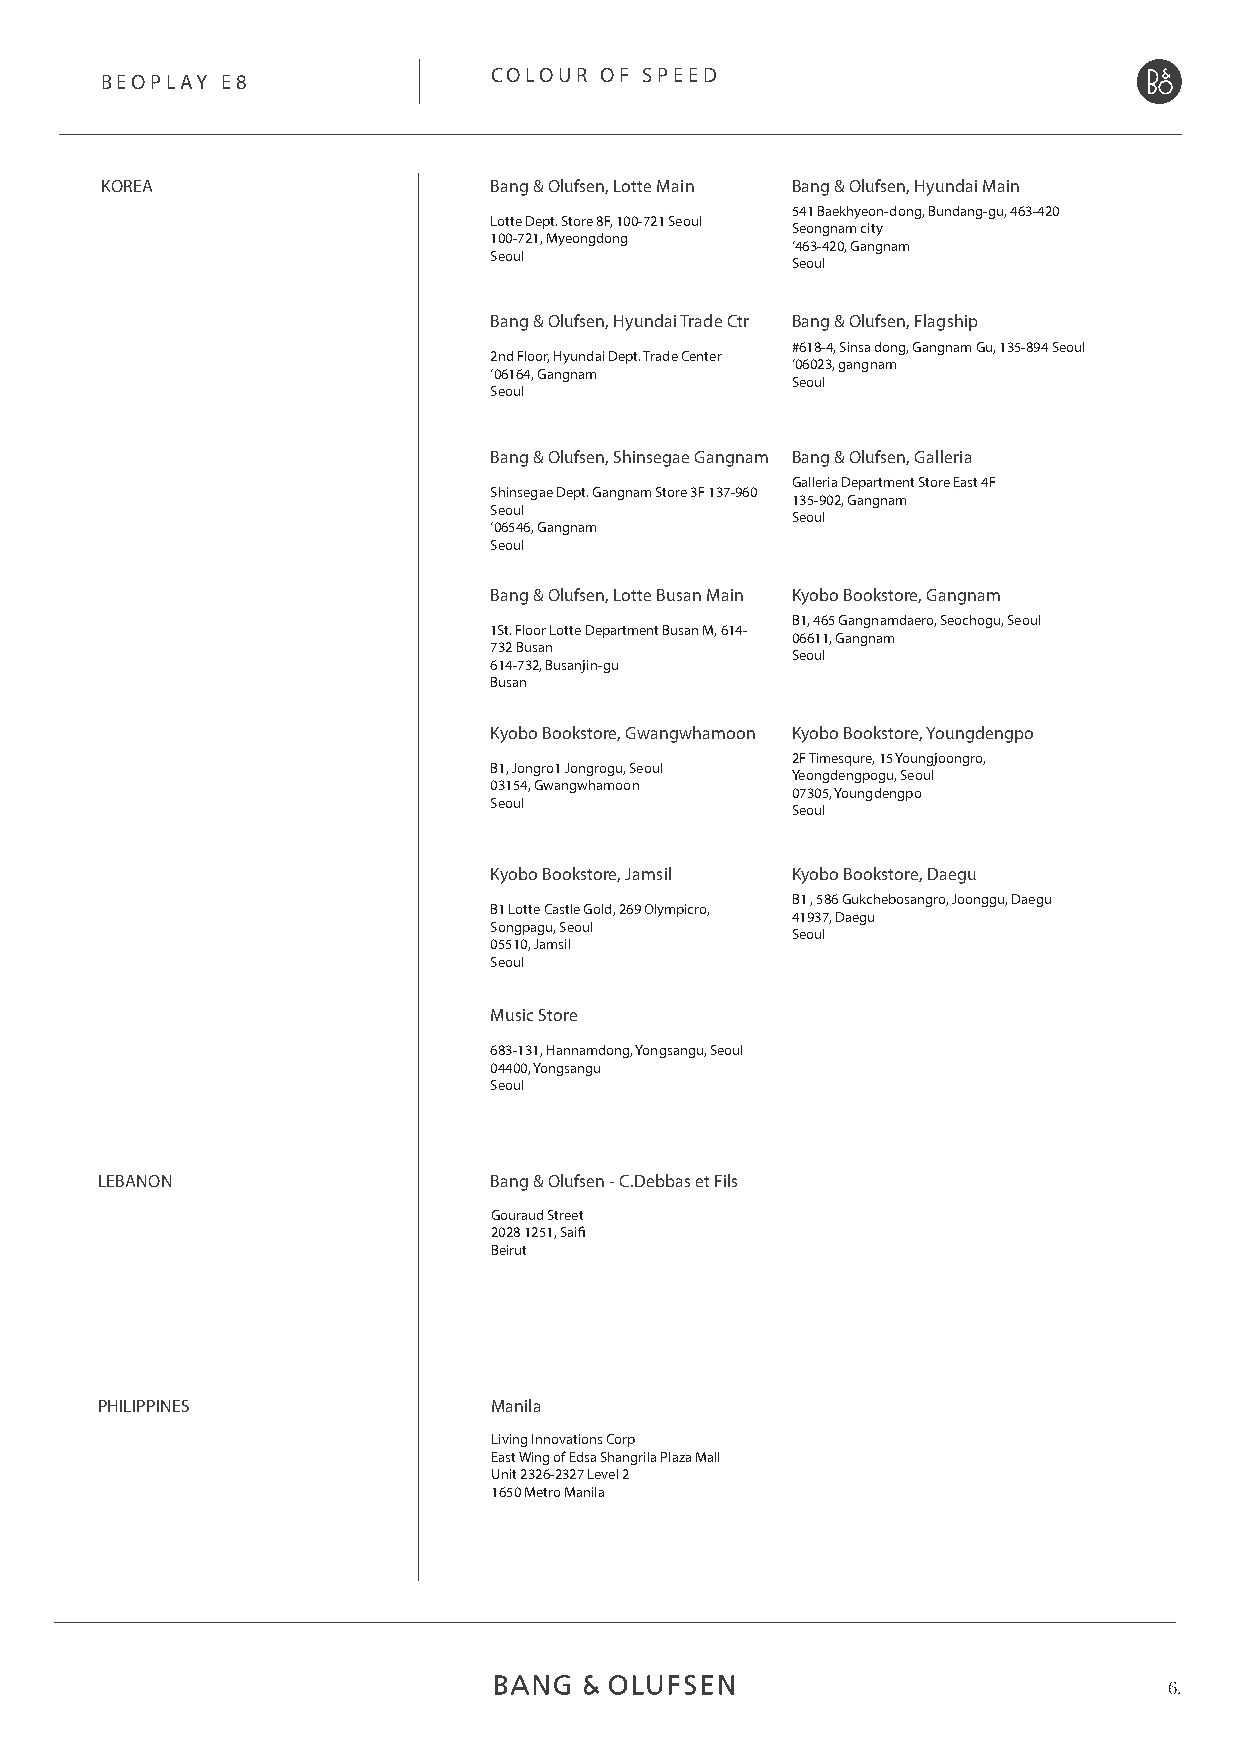
COLOUR  OF SPEED
 BEOPLAY E8
 KOREA                    Bang & Olufsen, Lotte Main Bang & Olufsen, Hyundai Main
 541 Baekhyeon-dong, Bundang-gu, 463-420
 Lotte Dept. Store 8F, 100-721 Seoul
 Seongnam city
 100-721, Myeongdong
 ‘463-420, Gangnam
 Seoul
 Seoul
 Bang & Olufsen, Hyundai Trade Ctr Bang & Olufsen, Flagship
 #618-4, Sinsa dong, Gangnam Gu, 135-894 Seoul
 2nd Floor, Hyundai Dept. Trade Center
 ‘06023, gangnam
 ‘06164, Gangnam
 Seoul
 Seoul
 Bang & Olufsen, Shinsegae Gangnam Bang & Olufsen, Galleria
 Galleria Department Store East 4F
 Shinsegae Dept. Gangnam Store 3F 137-960
 135-902, Gangnam
 Seoul
 Seoul
 ‘06546, Gangnam
 Seoul
 Bang & Olufsen, Lotte Busan Main Kyobo Bookstore, Gangnam
 B1, 465 Gangnamdaero, Seochogu, Seoul
 1St. Floor Lotte Department Busan M, 614-
 06611, Gangnam
 732 Busan
 Seoul
 614-732, Busanjin-gu
 Busan
 Kyobo Bookstore, Gwangwhamoon Kyobo Bookstore, Youngdengpo
 2F Timesqure, 15 Youngjoongro,
 B1, Jongro1 Jongrogu, Seoul
 Yeongdengpogu, Seoul
 03154, Gwangwhamoon
 07305, Youngdengpo
 Seoul
 Seoul
 Kyobo Bookstore, Jamsil Kyobo Bookstore, Daegu
 B1 , 586 Gukchebosangro, Joonggu, Daegu
 B1 Lotte Castle Gold, 269 Olympicro,
 41937, Daegu
 Songpagu, Seoul
 Seoul
 05510, Jamsil
 Seoul
 Music Store
 683-131, Hannamdong, Yongsangu, Seoul
 04400, Yongsangu
 Seoul
 LEBANON                   Bang & Olufsen - C.Debbas et Fils
 Gouraud Street
 2028 1251, Saifi
 Beirut
 PHILIPPINES               Manila
 Living Innovations Corp
 East Wing of Edsa Shangrila Plaza Mall
 Unit 2326-2327 Level 2
 1650 Metro Manila
 6.